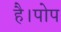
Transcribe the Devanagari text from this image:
है।पोप